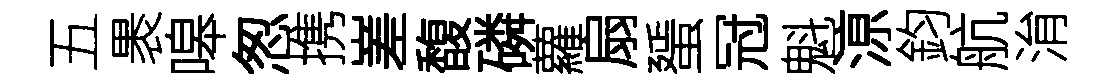
五褁嗥怱携嵳馥磷蘿扇蜑冠魁鿌鈞航㳙